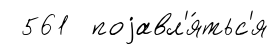
561 поjавл'я́тьс'я